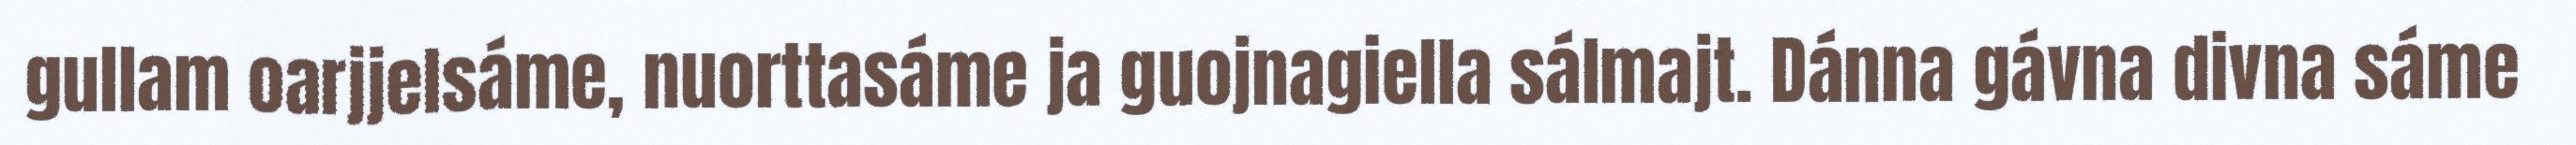
gullam oarjjelsáme, nuorttasáme ja guojnagiella sálmajt. Dánna gávna divna sáme